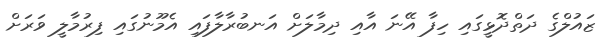
ޒައުލްގެ ދަތްދޮޅީގައި ހިފާ އޭނަ އާއި ދިމާލަށް އަނބުރާލާފައި އެމޫނުގައި ފިރުމާލީ ވަރަށް